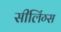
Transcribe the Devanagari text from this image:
सीलिंग्स